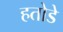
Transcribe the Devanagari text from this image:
हतोडे